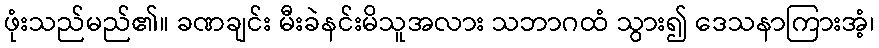
ဖုံးသည်မည်၏။ ခဏချင်း မီးခဲနင်းမိသူအလား သဘာဂထံ သွား၍ ဒေသနာကြားအံ့၊